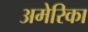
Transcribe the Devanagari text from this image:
अमेेेेरिका